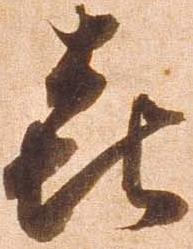
喜